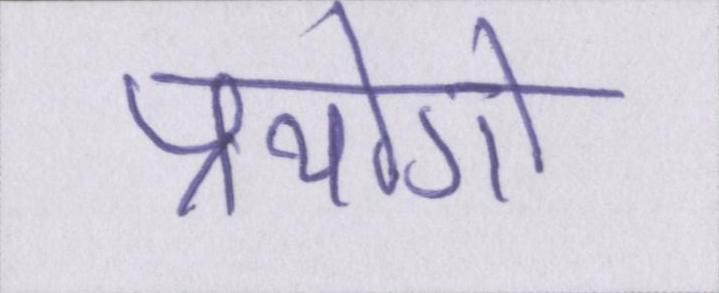
प्रयोगो